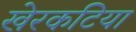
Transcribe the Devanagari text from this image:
खेरकटिया